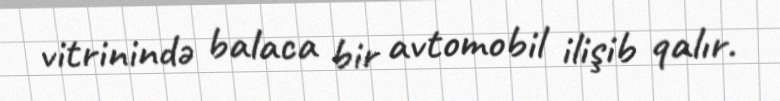
vitrinində balaca bir avtomobil ilişib qalır.